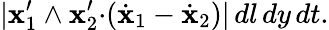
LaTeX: |{\mathbf x}_{1}^{\prime}\wedge{\mathbf x}_{2}^{\prime}{\cdot}(\dot{\mathbf x}_{1}-\dot{\mathbf x}_{2})|\, dl\, dy\, dt.